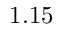
1 . 1 5